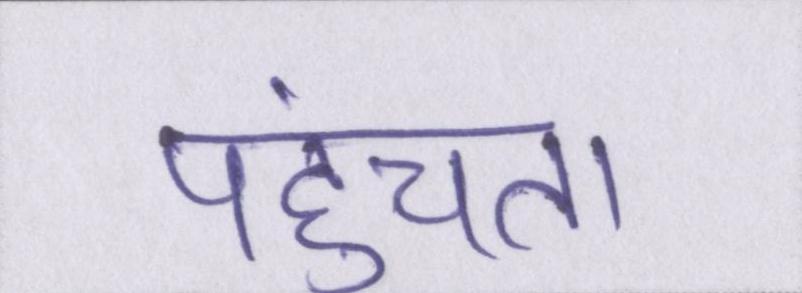
पहुंचता